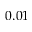
0 . 0 1